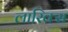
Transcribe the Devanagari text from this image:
लारिक्स